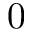
0